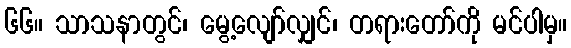
၆၆။ သာသနာတွင်၊ မွေ့လျော်လျှင်၊ တရားတော်ကို မင်ပါမှ။